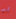
قد